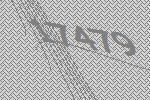
17479